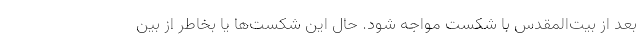
بعد از بیت‌المقدس با شکست مواجه شود. حال این شکست‌ها یا بخاطر از بین